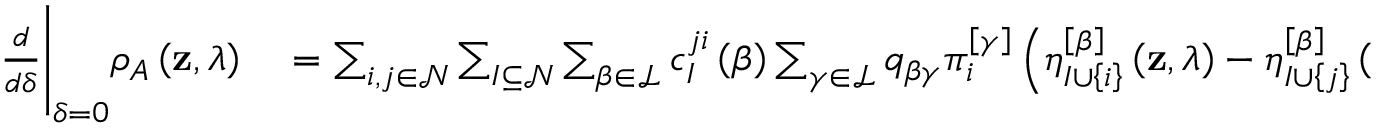
\begin{array} { r l } { \frac { d } { d \delta } \Bigg \vert _ { \delta = 0 } \rho _ { A } \left( \mathbf { z } , \lambda \right) } & { { } = \sum _ { i , j \in \mathcal { N } } \sum _ { I \subseteq \mathcal { N } } \sum _ { \beta \in \mathcal { L } } c _ { I } ^ { j i } \left( \beta \right) \sum _ { \gamma \in \mathcal { L } } q _ { \beta \gamma } \pi _ { i } ^ { \left[ \gamma \right] } \left( \eta _ { I \cup \left\{ i \right\} } ^ { \left[ \beta \right] } \left( \mathbf { z } , \lambda \right) - \eta _ { I \cup \left\{ j \right\} } ^ { \left[ \beta \right] } \left( \mathbf { z } , \lambda \right) \right) , } \end{array}